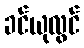
ခင်ယုလွင်